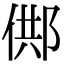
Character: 䣏